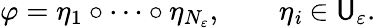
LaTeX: \varphi=\eta_{1}\circ\dots\circ\eta_{N_{\varepsilon}},\qquad\eta_{\mathit{i}}\in\mathsf{{U}}_{\varepsilon}.